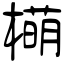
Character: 橗